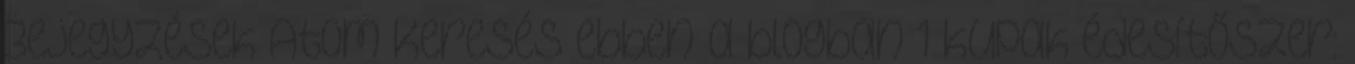
Bejegyzések Atom Keresés ebben a blogban 1 kupak édesítőszer: